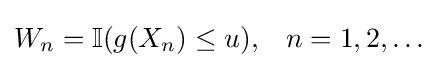
W_{n}=\mathbb {I} (g(X_{n})\leq u),\;\;\;n=1,2,\dots